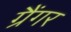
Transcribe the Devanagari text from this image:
ग्रैंगर